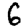
Digit: 6